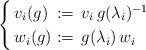
LaTeX: \begin{align*}\begin{cases}\,v_i(g)&\!\!\!\!:=\, v_i \,g(\lambda_i)^{-1}\\\,w_i(g)&\!\!\!\!:=\, g(\lambda_i)\,w_i \end{cases}\end{align*}